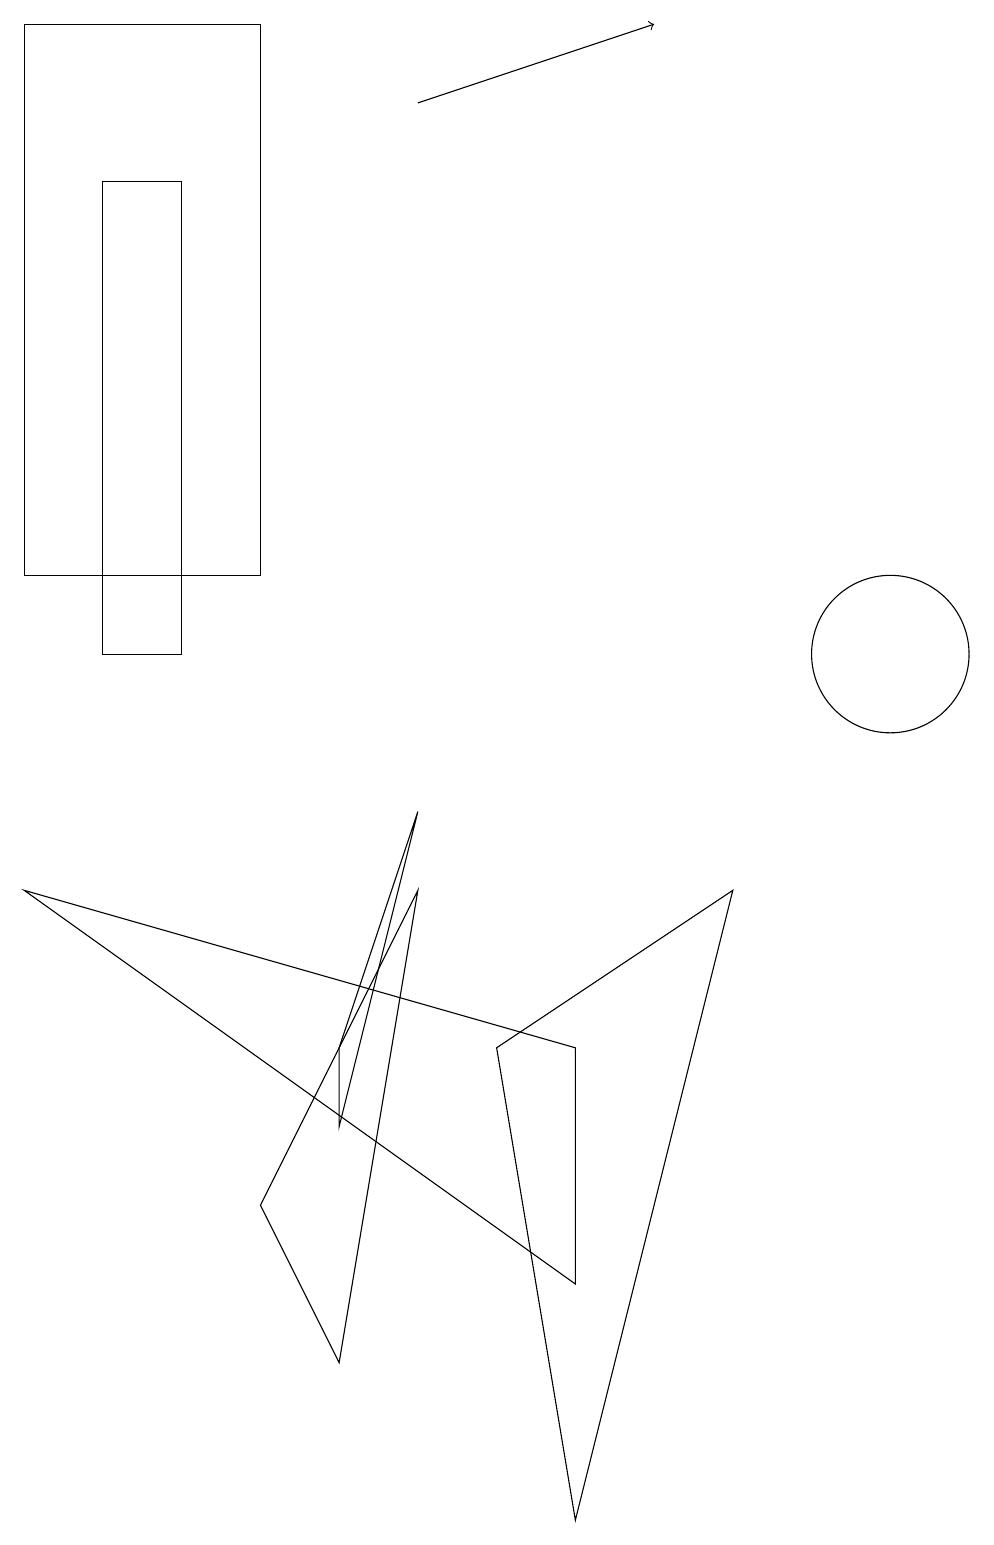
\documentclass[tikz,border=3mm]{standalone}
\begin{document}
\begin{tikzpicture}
\draw (3,19) rectangle (0,12);
\draw (11,11) circle (1);
\draw (4,2) -- (5,8) -- (3,4) -- cycle;
\draw (9,8) -- (6,6) -- (7,0) -- cycle;
\draw (7,6) -- (7,3) -- (0,8) -- cycle;
\draw (4,6) -- (5,9) -- (4,5) -- cycle;
\draw (2,17) rectangle (1,11);
\draw[->] (5,18) -- (8,19);
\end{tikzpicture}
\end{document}